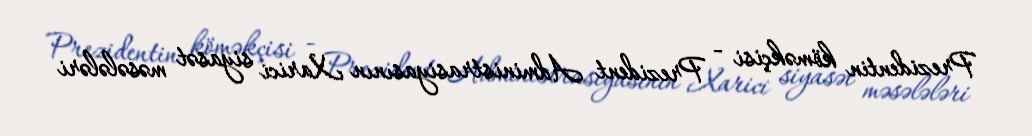
Prezidentin köməkçisi - Prezident Administrasiyasının Xarici siyasət məsələləri